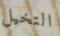
التخيل